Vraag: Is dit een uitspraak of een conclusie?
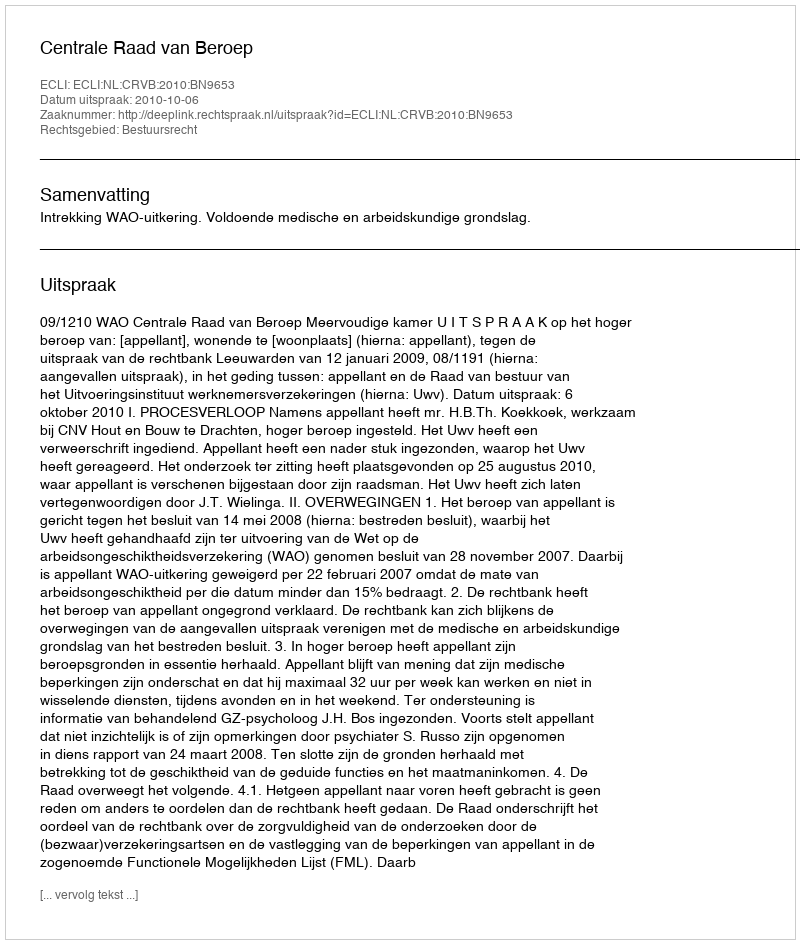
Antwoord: Uitspraak